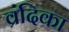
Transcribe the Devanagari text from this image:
व्रंदिका